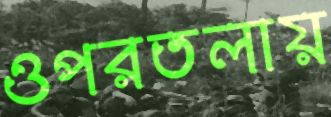
ওপরতলায়